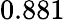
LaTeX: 0.881